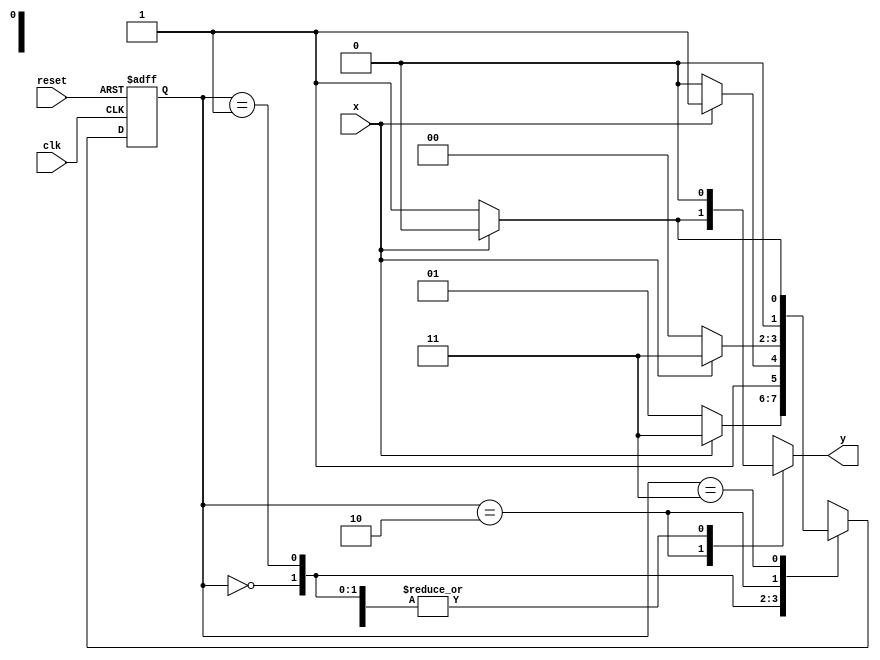
// -------------------------
// Exemplo000111
// Nome: Roger Rubens Machado
// -------------------------

// --------------
// --- Mealy FSM
// --------------

//Mealy FSM Diagram 000 | 111

// constant definitions
`define found 1
`define notfound 0

// FSM by Mealy
module mealy000111( y, x, clk, reset );
output y;
input x;
input clk;
input reset;
reg y;
parameter // state identifiers

start = 2'b00,
id1 = 2'b01,
id10 = 2'b10,
id11 = 2'b11,
id100 = 3'b100;

reg [1:0] E1; // current state variables
reg [1:0] E2; // next state logic output

// next state logic
always @( x or E1 )
begin
y = `notfound;
case ( E1 )
start:
if ( x )
E2 = id11;
else
E2 = id1;

id1:
if ( x )
E2 = id11;
else
E2 = id10;

id10:
if ( x )
E2 = id11;
else
begin
E2 = start;
y = `found;
end

id11:
if ( x )
E2 = id100;
else
E2 = id1;

id100:
if(x)
begin
E2 = start;
y = `found;
end
else
E2 = id1;

default: // undefined state
E2 = 2'bxx;
endcase
end // always at signal or state changing

// state variables
always @( posedge clk or negedge reset )
begin
if ( reset )
E1 = E2; // updates current state
else
E1 = 0; // reset
end // always at signal changing
endmodule // mealy1010